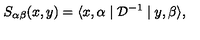
S _ { \alpha \beta } ( x , y ) = \langle x , \alpha \mid { \mathcal D } ^ { - 1 } \mid y , \beta \rangle ,